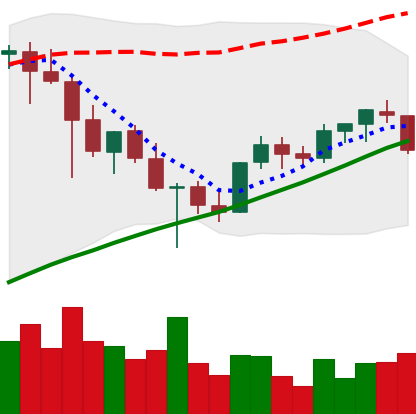
Ticker: XLM-USD
Chart end date: 2021-05-04
Forward return: 24.888%
Label: up_7plus